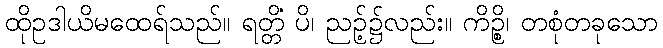
ထိုဥဒါယိမထေရ်သည်။ ရတ္တိံ ပိ၊ ညဉ့်၌လည်း။ ကိဉ္စိ၊ တစုံတခုသော